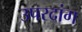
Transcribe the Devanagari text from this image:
उपरदांग